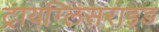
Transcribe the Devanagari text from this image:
ट्रायग्लिसराइड